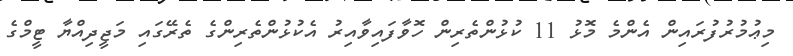
މިޢުމުރުފުރައިން އެންމެ މޮޅު 11 ކުޅުންތެރިން ހޮވާފައިވާއިރު އެކުޅުންތެރިންގެ ތެރޭގައި މަޖީދިއްޔާ ޓީމްގެ